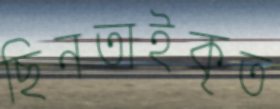
ছিনতাইকৃত